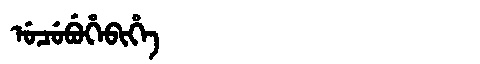
Manchu: ᡠᠴᡠᠪᡠᡥᡝᠪᡳᡥᡝ
Romanization: UCUBUHEBIHE